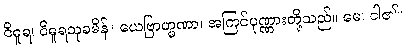
ဝိဓူရ၊ ဝိဓူရသုခမိန်။ ယေဗြာဟ္မဏာ၊ အကြင်ပုဏ္ဏားတို့သည်။ မေ၊ ငါ၏။